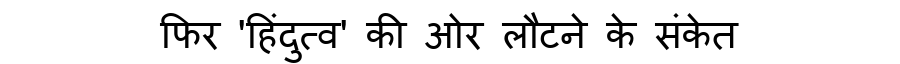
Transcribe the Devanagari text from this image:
फिर 'हिंदुत्व' की ओर लौटने के संकेत